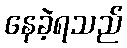
နေခဲ့ရသည်